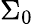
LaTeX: \Sigma_{0}